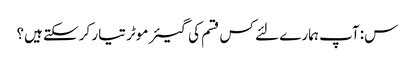
س: آپ ہمارے لئے کس قسم کی گیئر موٹر تیار کرسکتے ہیں؟